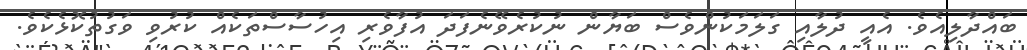
ބައްދާލިއެވެ. އެއީ ދުލާއި ގަލަމަކުންވެސް ބަޔާން ނުކުރެވޭނެފަދަ އުފާވެރި އިހުސާސްތަކެއް ކުރުވި ވަގުތުކޮޅެކެވެ.